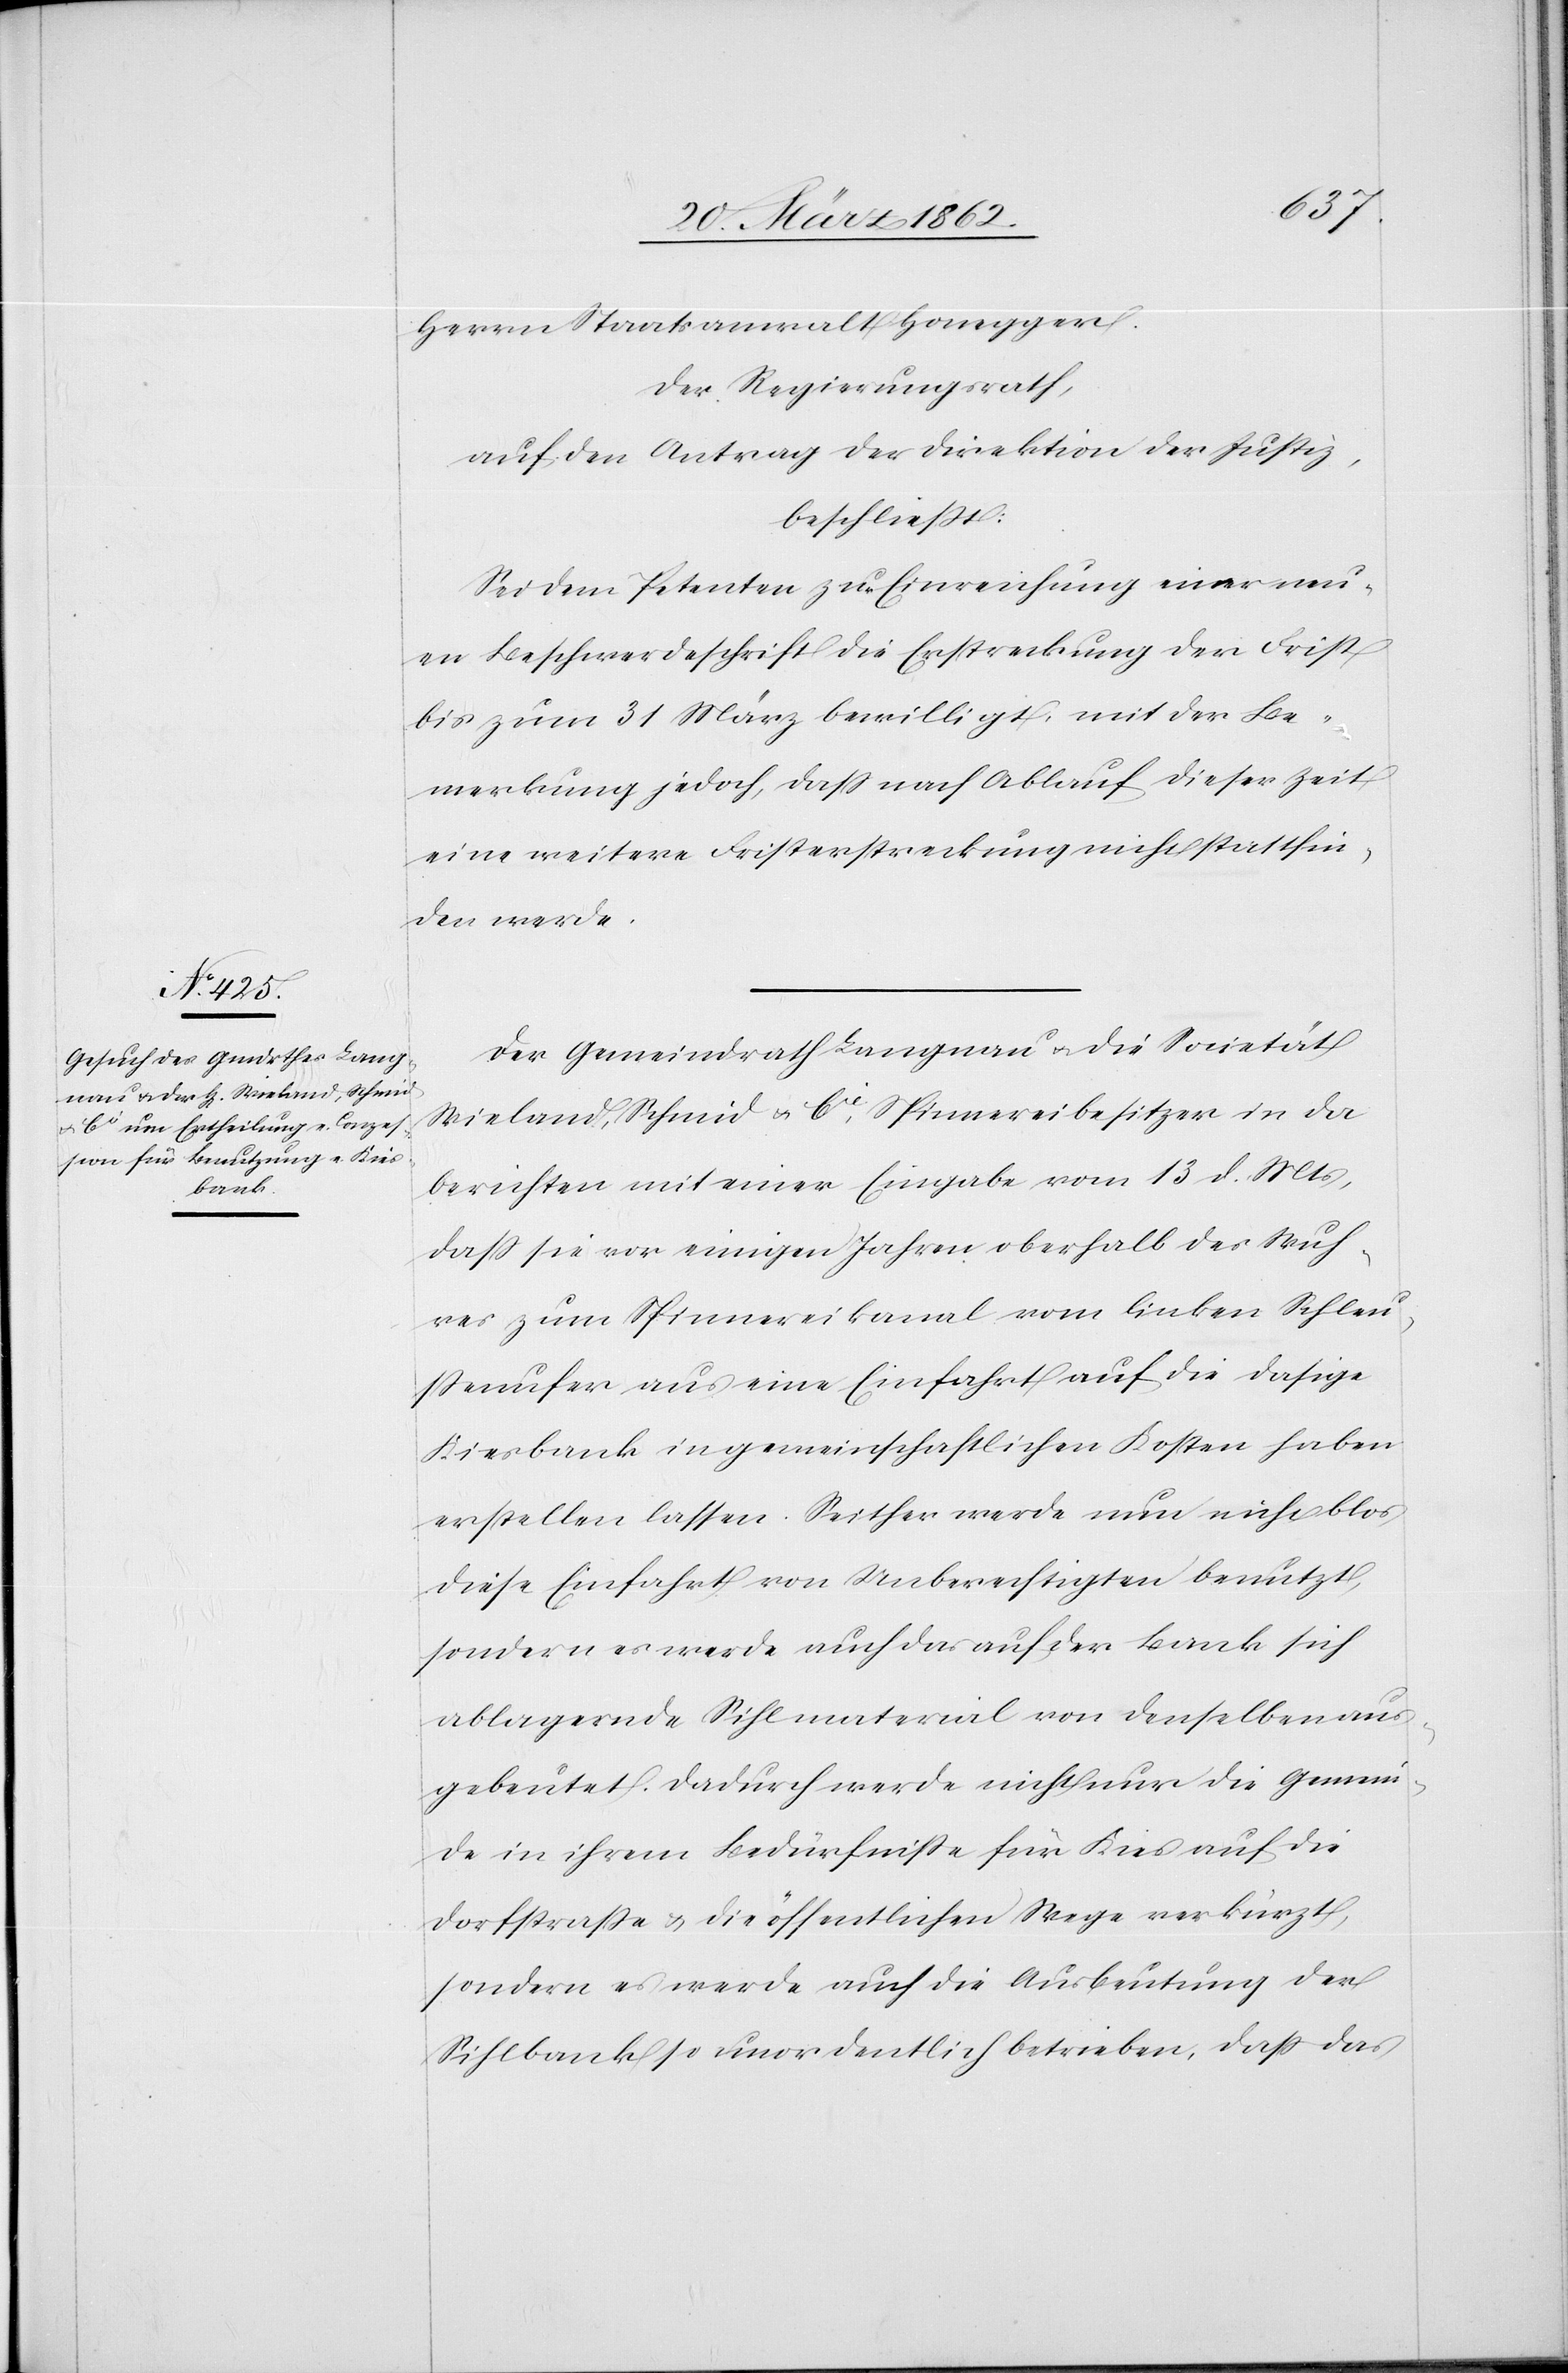
Herrn Staatsanwalt Honegger.
Der Regierungsrath,
auf den Antrag der Direktion der Justiz,
beschließt:
Sei dem Petenten zur Einreichung einer neu¬
en Beschwerdeschrift die Erstreckung der Frist
bis zum 31 März bewilligt, mit der Be¬
merkung jedoch, daß nach Ablauf dieser Zeit
eine weitere Fristerstreckung nicht stattfin¬
den werde.
Der Gemeindrath Langnau u. die Societät
Wieland, Schmid & Cie, Spinnereibesitzer in da
berichten mit einer Eingabe vom 13 d. Mts,
daß sie vor einigen Jahren oberhalb des Wuh¬
res zum Spinnereikanal vom linken Schleu¬
ßenufer aus eine Einfahrt auf die dasige
Kiesbank in gemeinschaftlichen Kosten haben
erstellen lassen. Seither werde nun nicht blos
diese Einfahrt von Unberechtigten benutzt,
sondern es werde auch das auf der Bank sich
ablagernde Sihlmaterial von denselben aus¬
gebeutet. Dadurch werde nicht nur die Gemein¬
de in ihrem Bedürfniße für Kies auf die
Dorfstraße & die öffentlichen Wege verkürzt,
sondern es werde auch die Ausbeutung der
Sihlbank so unordentlich betrieben, daß das